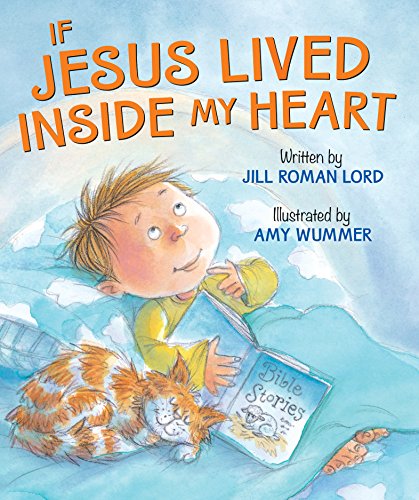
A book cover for If Jesus Lived Inside My Heart; Jill Roman Lord; Christian Books & Bibles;